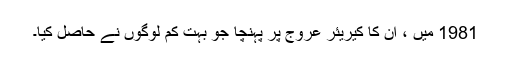
1981 میں ، ان کا کیریئر عروج پر پہنچا جو بہت کم لوگوں نے حاصل کیا۔